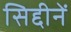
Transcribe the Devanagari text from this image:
सिद्दीनें